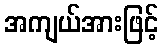
အကျယ်အားဖြင့်